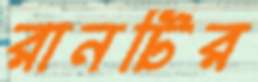
রানটির